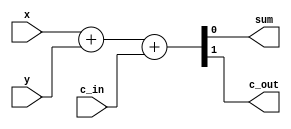
module full_adder_behavioral(
    input   wire    x, y, c_in, 
    output  wire    sum, c_out
);
    reg sum, c_out;

    // specify the function of a full adder
    // always @(*) or always@(x or y or c_in) 
    always @(x, y, c_in) begin      
        {c_out, sum} = x + y + c_in;
    end

endmodule